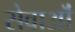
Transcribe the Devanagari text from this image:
सेवाऒं